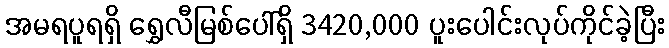
အမရပူရရှိ ရွှေလီမြစ်ပေါ်ရှိ 3420,000 ပူးပေါင်းလုပ်ကိုင်ခဲ့ပြီး